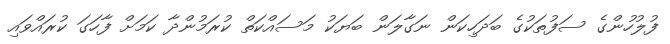
ފުލުހުންގެ ސަފުތަކުގެ ބަދަހިކަން ނަގާލަން ބަޔަކު މަސައްކަތް ކުރަމުންދާ ކަމަށް ފާހަގަ ކުރައްވައި